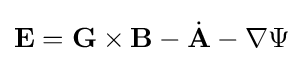
\mathbf {E} =\mathbf {G} \times \mathbf {B} -{\dot {\mathbf {A} }}-\nabla \Psi